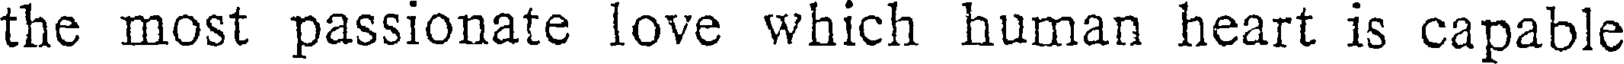
the most passionate love which human heart is capable